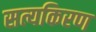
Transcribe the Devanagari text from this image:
सत्यकिरण